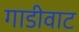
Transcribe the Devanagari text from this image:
गाडीवाट